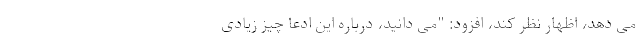
می دهد، اظهار نظر کند، افزود: "می دانید، درباره این ادعا چیز زیادی